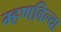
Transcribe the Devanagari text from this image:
म्हणविल्या